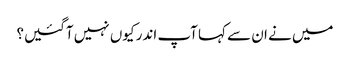
میں‌ نے ان سے کہا آپ اندر کیوں‌ نہیں‌ آگئیں؟